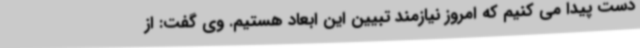
دست پیدا می کنیم که امروز نیازمند تبیین این ابعاد هستیم. وی گفت: از